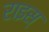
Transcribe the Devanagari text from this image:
राइस्